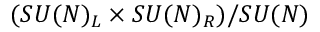
( S U ( N ) _ { L } \times S U ( N ) _ { R } ) / S U ( N )